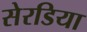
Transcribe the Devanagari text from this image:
सेरडिया